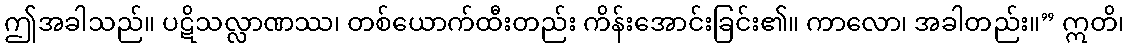
ဤအခါသည်။ ပဋိသလ္လာဏဿ၊ တစ်ယောက်ထီးတည်း ကိန်းအောင်းခြင်း၏။ ကာလော၊ အခါတည်း။” ဣတိ၊